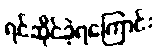
ရင်ဆိုင်ခဲ့ရကြောင်း